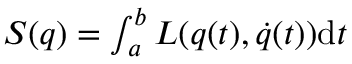
\begin{array} { r } { S ( q ) = \int _ { a } ^ { b } L ( q ( t ) , \dot { q } ( t ) ) \mathrm { d } t } \end{array}